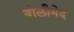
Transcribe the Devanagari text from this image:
बोलीभेद